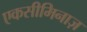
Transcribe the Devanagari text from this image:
एकसीमिनाज़